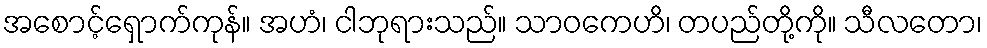
အစောင့်ရှောက်ကုန်။ အဟံ၊ ငါဘုရားသည်။ သာဝကေဟိ၊ တပည်တို့ကို။ သီလတော၊